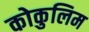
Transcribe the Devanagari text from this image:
कोकुलिम